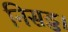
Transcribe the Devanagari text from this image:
निसड्ड।